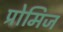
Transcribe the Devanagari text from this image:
प्रोमिज